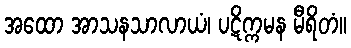
အထော အာသနသာလာယံ၊ ပဋိက္ကမန မီရိတံ။